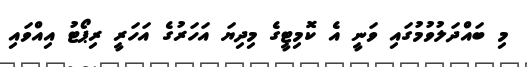
މި ބައްދަލުވުމުގައި ވަނީ އެ ކޮމިޓީގެ މިދިޔަ އަހަރުގެ އަހަރީ ރިޕޯޓު އިއްވައި